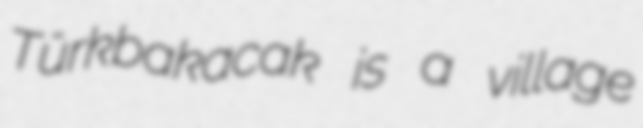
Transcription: Türkbakacak is a village